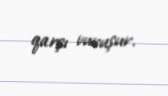
qarşı vuruşur.